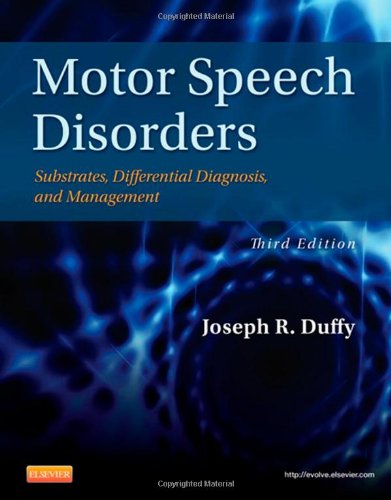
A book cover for Motor Speech Disorders: Substrates, Differential Diagnosis, and Management, 3e; Joseph R. Duffy; Medical Books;